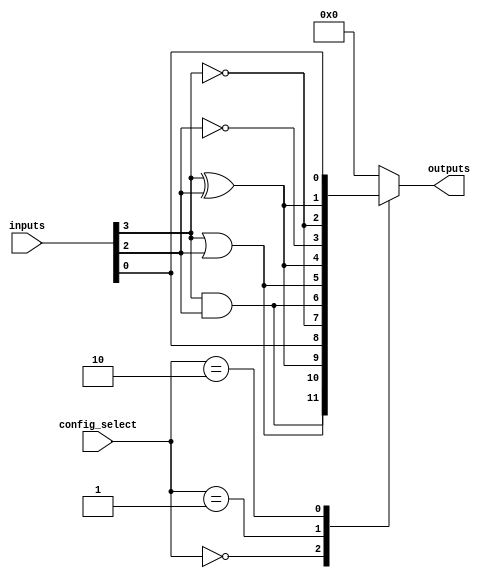
module combinational_logic_block (
    input [7:0] inputs,            // 8-bit input (can be reduced based on architecture)
    input [3:0] config_select,     // Configuration select lines for gate selection
    output reg [3:0] outputs        // 4-bit output (can be adjusted)
);

    // Internal nets for the logic gates
    wire input_a, input_b, input_c, input_d;
    wire and_out, or_out, not_out_a, not_out_b, xor_out;

    // Assign inputs to internal signals (for clarity)
    assign {input_a, input_b, input_c, input_d} = inputs[3:0];

    // Logic gate implementations
    assign and_out = input_a & input_b;    // AND gate
    assign or_out = input_a | input_b;     // OR gate
    assign not_out_a = ~input_a;           // NOT gate on input_a
    assign not_out_b = ~input_b;           // NOT gate on input_b
    assign xor_out = input_a ^ input_b;    // XOR gate

    // Output logic based on the configuration
    always @(*) begin
        case (config_select)
            4'b0000: outputs = {and_out, or_out, xor_out, input_d}; // AND, OR, XOR, direct
            4'b0001: outputs = {not_out_a, and_out, or_out, xor_out}; // NOT A, AND, OR, XOR
            4'b0010: outputs = {not_out_b, not_out_a, xor_out, input_d}; // NOT B, NOT A, XOR, direct
            // Add additional configurations as needed
            default: outputs = 4'b0000; // Default case
        endcase
    end

endmodule